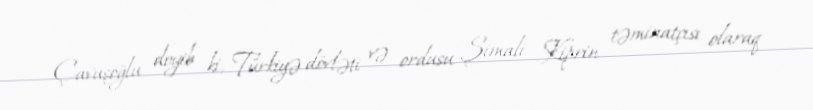
Çavuşoğlu deyib ki, Türkiyə dövləti və ordusu Şimali Kiprin təminatçısı olaraq